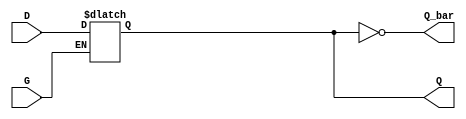
module GatedDLatch (
    input wire D,       // Data Input
    input wire G,       // Gate / Enable Input
    output reg Q,       // Output
    output wire Q_bar   // Complementary Output
);

// Complementary output
assign Q_bar = ~Q;

// Behavior of the Gated D Latch
always @(*) begin
    if (G) begin
        Q = D; // When G is high, output follows input D
    end
    // When G is low, Q retains its previous state
end

endmodule